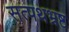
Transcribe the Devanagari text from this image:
सत्पथभ्रष्ट